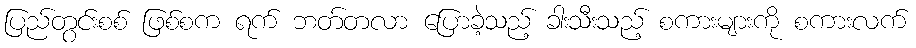
ပြည်တွင်းစစ် ဖြစ်စက ရက် ဘတ်တလာ ပြောခဲ့သည့် ခါးသီးသည့် စကားများကို စကားလက်